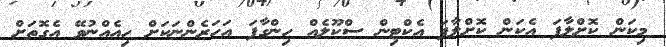
މިކަން ކޮށްލާފަ އެކަން ކޮށްލާފަ އެކްޓިން ސްކޫލެއް ހިންގާފަ އަހަރެންނަކަށް ހިއެއްނުވޭ އެގޮތަށް